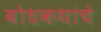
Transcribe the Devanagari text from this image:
बोधकथांचे